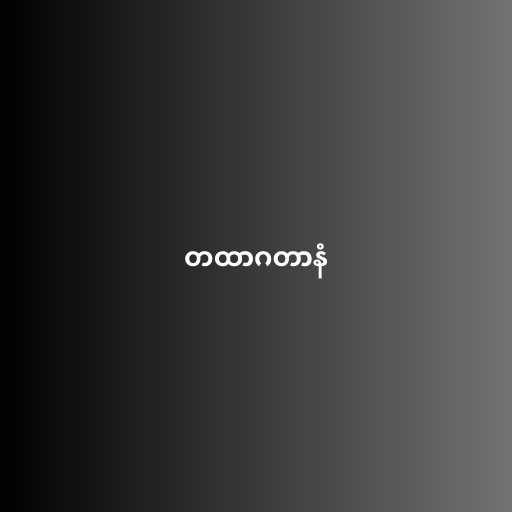
တထာဂတာနံ